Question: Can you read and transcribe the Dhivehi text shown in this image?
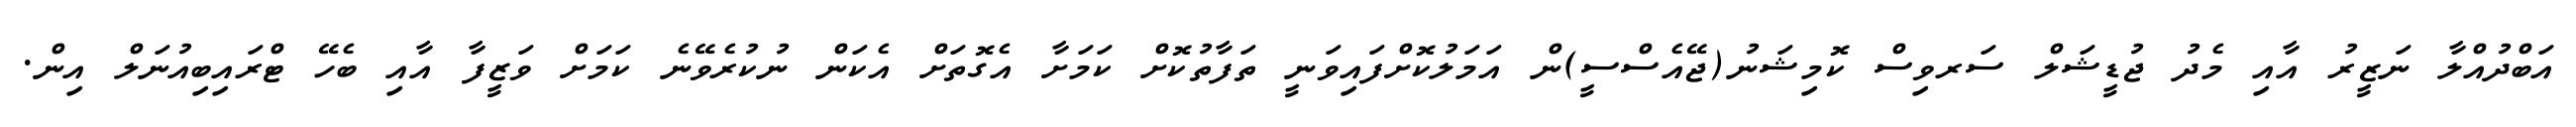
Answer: އަބްދުއްލާ ނަޒީރު އާއި މެދު ޖުޑީޝަލް ސަރވިސް ކޮމިޝަނު(ޖޭއެސްސީ)ން އަމަލުކޮށްފައިވަނީ ތަފާތުކޮށް ކަމަށާ އެގޮތަށް އެކަން ނުކުރެވޭނެ ކަމަށް ވަޒީފާ އާއި ބެހޭ ޓްރައިބިއުނަލް އިން.